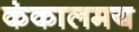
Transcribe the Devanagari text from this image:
कंकालमय